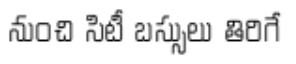
నుంచి సిటీ బస్సులు తిరిగే